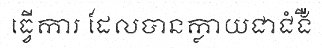
ធ្វើការ ដែលបានក្លាយជាជំងឺ